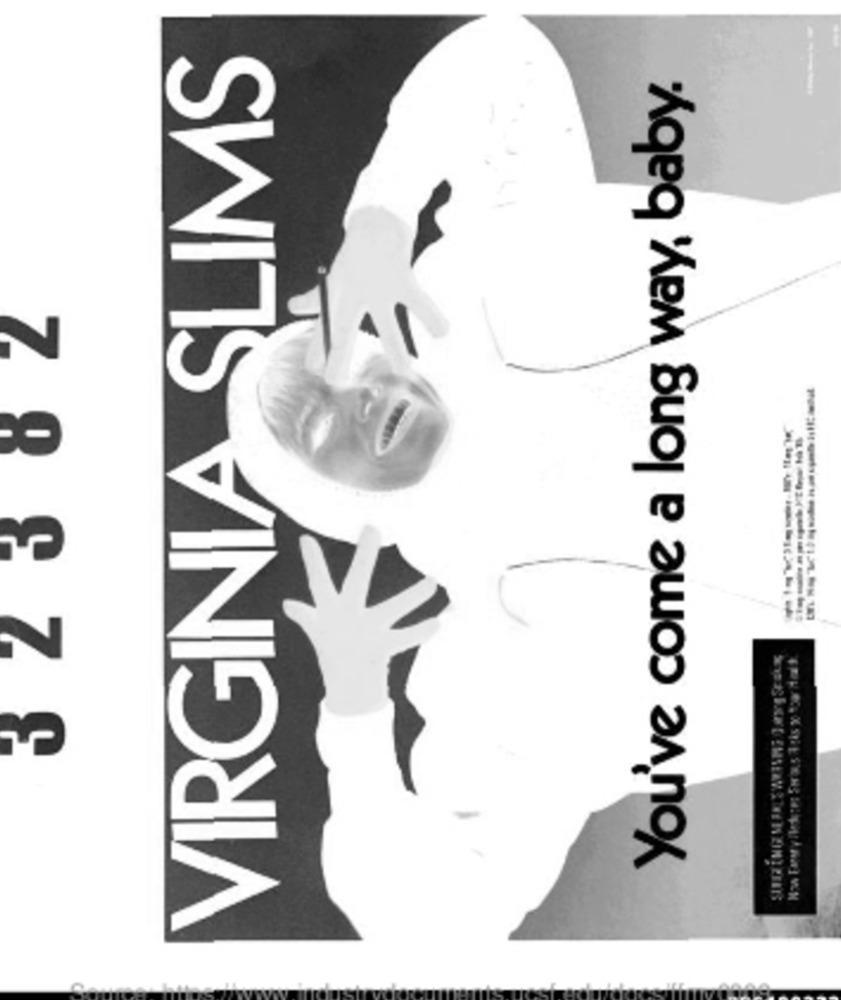
VIRGINIA SLIMS
You've come a long way, baby.
7